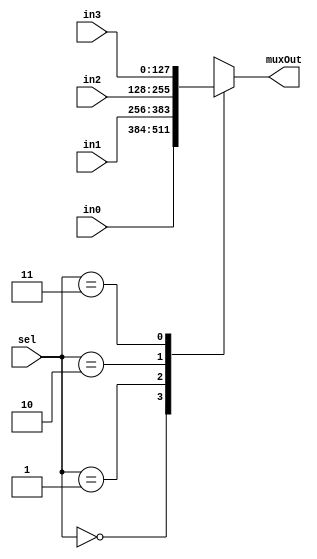
module mux4to1_128bits(input [127:0] in0, input [127:0] in1, input [127:0] in2, input [127:0] in3, input [1:0] sel, output reg [127:0] muxOut);

	always @ (in0, in1, in2, in3, sel)
	  begin
		  case (sel)
			  2'b00: muxOut = in0;
			  2'b01: muxOut = in1;
			  2'b10: muxOut = in2;
			  2'b11: muxOut = in3;
		  endcase
	  end

endmodule